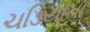
ચડિયાતા